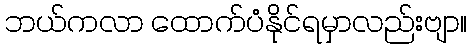
ဘယ်ကလာ ထောက်ပံံနိုင်ရမှာလည်းဗျာ။